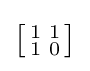
{\bigl [}{\begin{smallmatrix}1&1\\1&0\end{smallmatrix}}{\bigr ]}